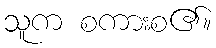
သူက စကားစ၏။